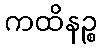
ကထိနဉ္စ